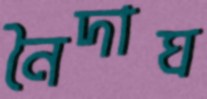
নৈদাঘ